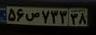
۵۶ص۷۳۳۳۸